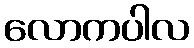
လောကပါလ